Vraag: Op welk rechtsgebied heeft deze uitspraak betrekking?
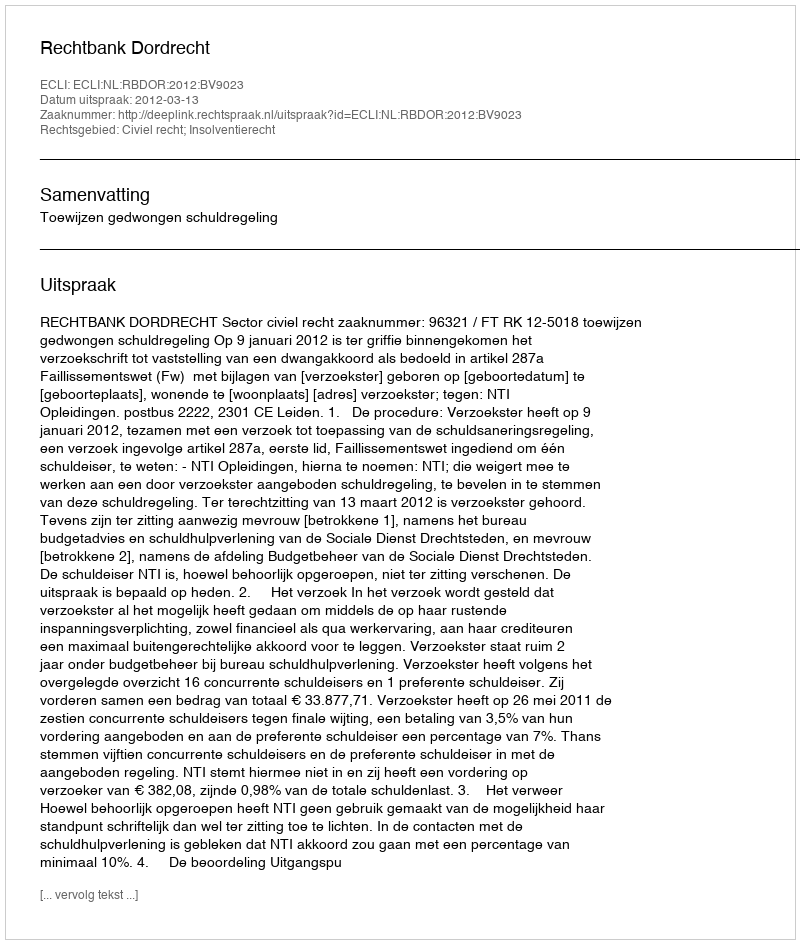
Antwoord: Civiel recht; Insolventierecht